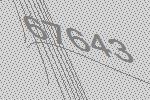
67643